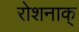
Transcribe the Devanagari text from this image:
रोशनाक्‌